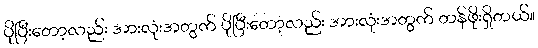
ပိုပြီးတော့လည်း အားလုံးအတွက် ပိုပြီးတော့လည်း အားလုံးအတွက် တန်ဖိုးရှိတယ်။